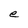
Character: e